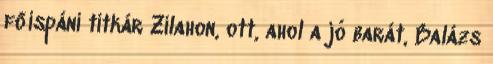
főispáni titkár Zilahon, ott, ahol a jó barát, Balázs